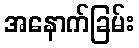
အနောက်ခြမ်း